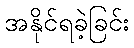
အနိုင်ရခဲ့ခြင်း